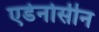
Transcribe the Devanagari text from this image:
एडेनोसीन